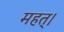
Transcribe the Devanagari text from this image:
महत्।